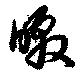
暾